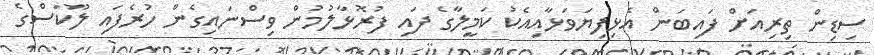
ސިޑިން ތިރިއަށް ފައިބަން އެޅިފިޔަވަޅާއިއެކު ކަމީލާގެ ފައި ފުރޮޅާލުމުން ވިސްނައިގެން ހުރެފައި ލޫކަސްގެ